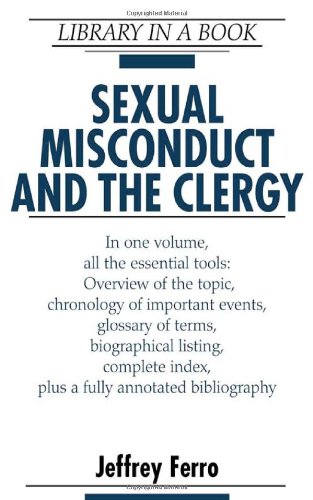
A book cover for Sexual Misconduct And The Clergy (Library in a Book); Jeffrey Ferro; Teen & Young Adult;